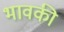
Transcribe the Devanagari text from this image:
भावकी